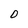
Character: 0